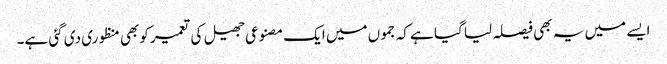
ایسے میں یہ بھی فیصلہ لیا گیا ہے کہ جموں میں ایک مصنوعی جھیل کی تعمیر کوبھی منظوری دی گئی ہے۔